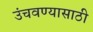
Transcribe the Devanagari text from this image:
उंचवण्यासाठी